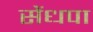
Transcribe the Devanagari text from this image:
सेंधपा